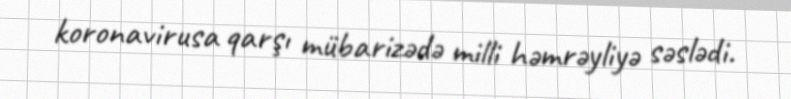
koronavirusa qarşı mübarizədə milli həmrəyliyə səslədi.